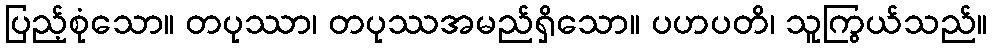
ပြည့်စုံသော။ တပုဿာ၊ တပုဿအမည်ရှိသော။ ပဟပတိ၊ သူကြွယ်သည်။